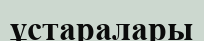
ұстаралары